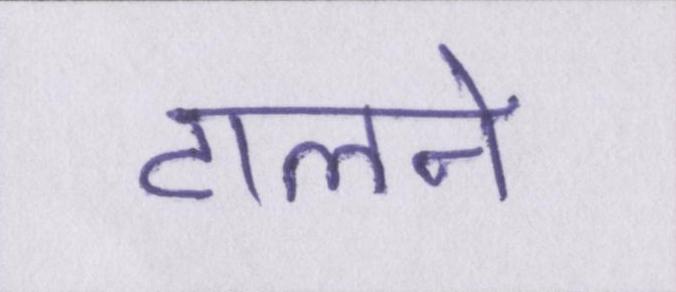
टालने